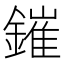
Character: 鏙